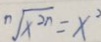
\sqrt [ n ] { x ^ { 2 n } } = x ^ { 2 }